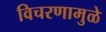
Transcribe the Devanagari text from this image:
विचरणामुळे